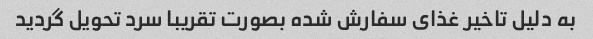
به دلیل تاخیر غذای سفارش شده بصورت تقریبا سرد تحویل گردید